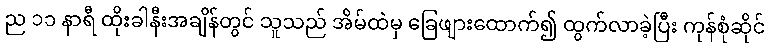
ည ၁၁ နာရီ ထိုးခါနီးအချိန်တွင် သူသည် အိမ်ထဲမှ ခြေဖျားထောက်၍ ထွက်လာခဲ့ပြီး ကုန်စုံဆိုင်